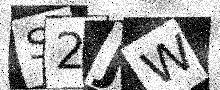
Text: S2JW